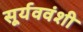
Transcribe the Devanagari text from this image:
सूर्यववंशी